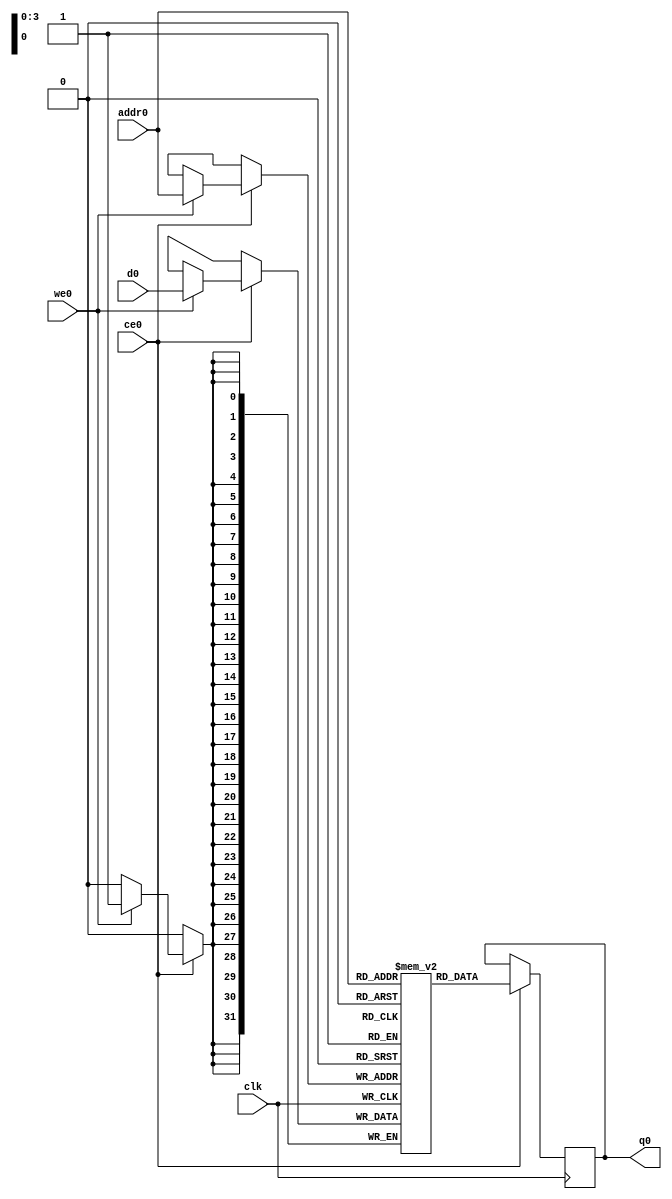
// ==============================================================
// File generated on Tue Mar 24 19:36:08 CDT 2020
// Vivado(TM) HLS - High-Level Synthesis from C, C++ and SystemC v2018.3 (64-bit)
// SW Build 2405991 on Thu Dec  6 23:36:41 MST 2018
// IP Build 2404404 on Fri Dec  7 01:43:56 MST 2018
// Copyright 1986-2018 Xilinx, Inc. All Rights Reserved.
// ==============================================================
`timescale 1 ns / 1 ps
module example_buff_ram (addr0, ce0, d0, we0, q0,  clk);

parameter DWIDTH = 32;
parameter AWIDTH = 4;
parameter MEM_SIZE = 10;

input[AWIDTH-1:0] addr0;
input ce0;
input[DWIDTH-1:0] d0;
input we0;
output reg[DWIDTH-1:0] q0;
input clk;

(* ram_style = "distributed" *)reg [DWIDTH-1:0] ram[0:MEM_SIZE-1];




always @(posedge clk)  
begin 
    if (ce0) 
    begin
        if (we0) 
        begin 
            ram[addr0] <= d0; 
        end 
        q0 <= ram[addr0];
    end
end


endmodule

`timescale 1 ns / 1 ps
module example_buff(
    reset,
    clk,
    address0,
    ce0,
    we0,
    d0,
    q0);

parameter DataWidth = 32'd32;
parameter AddressRange = 32'd10;
parameter AddressWidth = 32'd4;
input reset;
input clk;
input[AddressWidth - 1:0] address0;
input ce0;
input we0;
input[DataWidth - 1:0] d0;
output[DataWidth - 1:0] q0;



example_buff_ram example_buff_ram_U(
    .clk( clk ),
    .addr0( address0 ),
    .ce0( ce0 ),
    .we0( we0 ),
    .d0( d0 ),
    .q0( q0 ));

endmodule